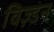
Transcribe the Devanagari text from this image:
विज़्डन